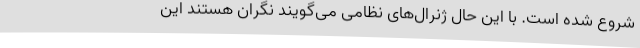
شروع شده است. با این حال ژنرال‌های نظامی می‌گویند نگران هستند این